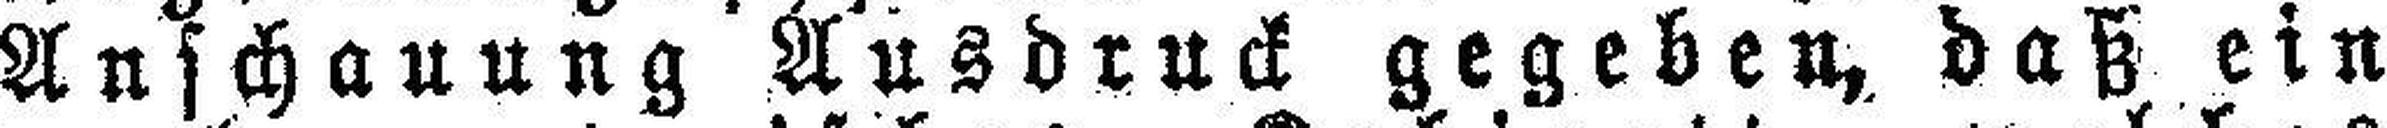
Anschauung Ausdruck gegeben, daß ein